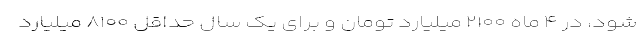
شود، در ۴ ماه ۲۱۰۰ میلیارد تومان و برای یک سال حداقل ۸۱۰۰ میلیارد